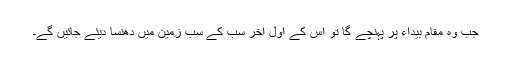
جب وہ مقام بیداء پر پہنچے گا تو اس کے اول آخر سب کے سب زمین میں دھنسا دیئے جائیں گے۔